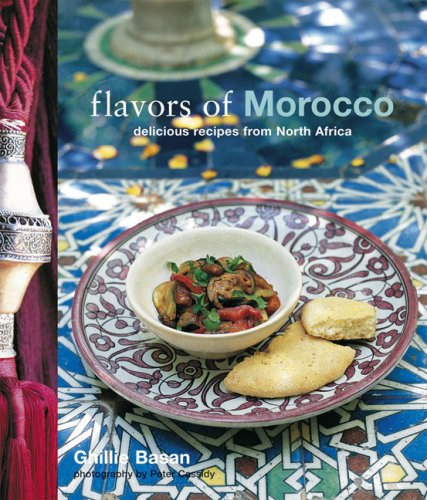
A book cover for Flavors of Morocco: Delicious Recipes from North Africa; Ghillie Basan; Cookbooks, Food & Wine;